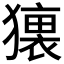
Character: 𤢢